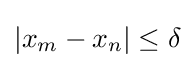
\left\vert x_{m}-x_{n}\right\vert \leq \delta